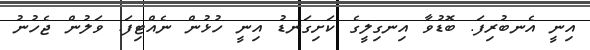
އިނީ އެނބުރިފަ. ބޮޑުވާ އިނގިލީގެ ކަށިގަނޑު އިނީ ހުޅުން ނެއްޓިފަ. ވަލުން ޖެހުނު